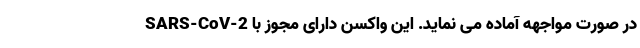
SARS-CoV-2 در صورت مواجهه آماده می نماید. این واکسن دارای مجوز با